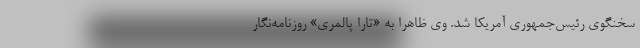
سخنگوی رئیس‌جمهوری آمریکا شد. وی ظاهراً به «تارا پالمری» روزنامه‌نگار